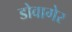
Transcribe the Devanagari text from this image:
डोवागेर